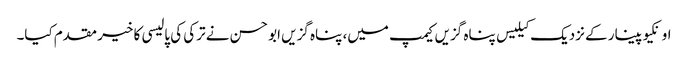
اونکیوپینار کے نزدیک کیلیس پناہ گزیں کیمپ میں، پناہ گزیں ابو حسن نے ترکی کی پالیسی کا خیر مقدم کیا۔